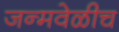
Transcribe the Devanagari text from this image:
जन्मवेळीच